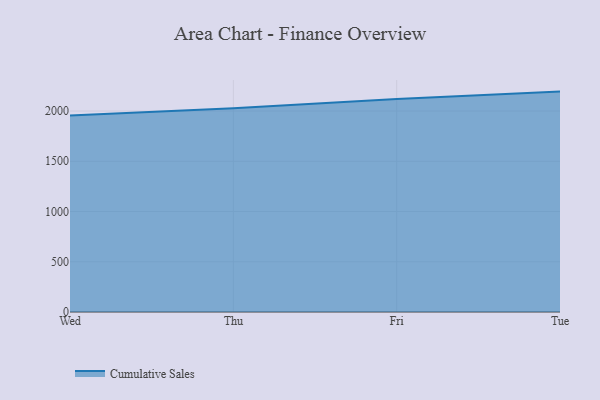
{"axis": {"x": "Day", "y": "Inventory Turnover"}, "legend": ["Cumulative Sales"], "data": [{"x": "Wed", "y": 1954.7, "type": "Cumulative Sales"}, {"x": "Thu", "y": 2027.1, "type": "Cumulative Sales"}, {"x": "Fri", "y": 2120.3, "type": "Cumulative Sales"}, {"x": "Tue", "y": 2193.3, "type": "Cumulative Sales"}]}